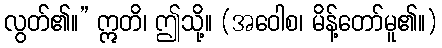
လွတ်၏။” ဣတိ၊ ဤသို့။ (အဝေါစ၊ မိန့်တော်မူ၏။)